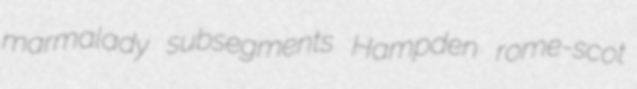
marmalady subsegments Hampden rome-scot